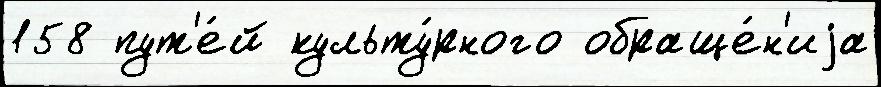
158 пут'е́й культу́рного обраще́н'иjа